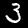
Label: 3